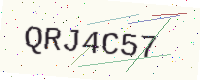
Text: QRJ4C57